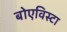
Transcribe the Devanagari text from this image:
बोएविस्टा